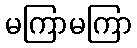
မကြာမကြာ